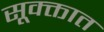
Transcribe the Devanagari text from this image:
सूक्क्तात